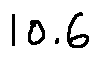
1 0 . 6